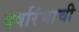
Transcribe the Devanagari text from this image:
वर्षारंभाची